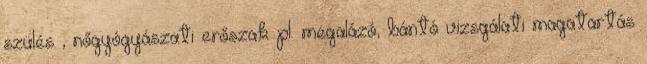
szülés , nőgyógyászati erőszak pl. megalázó, bántó vizsgálati magatartás